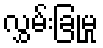
လွှမ်းခြုံမှု